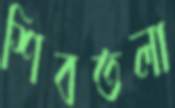
শিবতলা